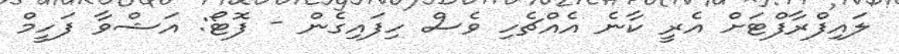
ލައިފްރާފްޓަށް އެރީ ކާނެ އެެއްޗެހި ވެސް ހިފައިގެން - ފޮޓޯ: އަޝްވާ ފަހީމް